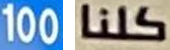
100 كلنا